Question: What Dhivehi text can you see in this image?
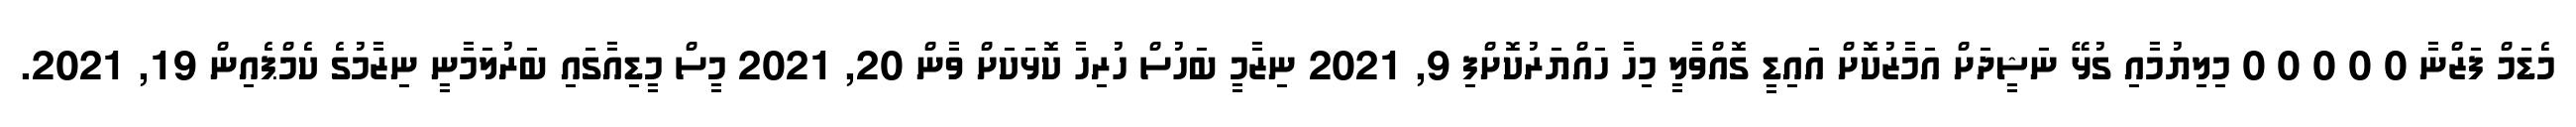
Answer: މެޑަމް ފަޒްނާ 0 0 0 0 0 މިލިޔުމާއި ގުޅޭ ނަޝީދަށް އަމާޒުކޮށް އައިޑީ ގޮއްވާލީ މިހާ ހައްޔަރުކޮށްފި 9, 2021 ނިޒާމީ ބަހުސް ހުރިހާ ކޮޅަކަށް ވާން 20, 2021 މީސް މީޑިއާގައި ބަރުލަމާނީ ނިޒާމުގެ ކެމްޕެއިން 19, 2021.